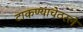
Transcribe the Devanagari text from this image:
टाकण्याचेठरले